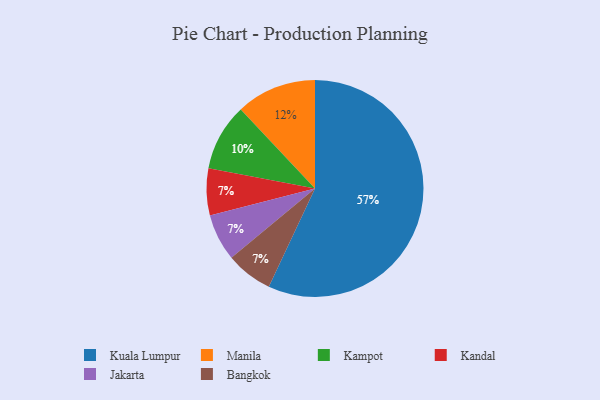
{"axis": {"x": "Category", "y": "Percentage"}, "legend": ["Bangkok", "Jakarta", "Kampot", "Kandal", "Kuala Lumpur", "Manila"], "data": [{"x": "Kandal", "y": 7, "type": "Kandal"}, {"x": "Manila", "y": 12, "type": "Manila"}, {"x": "Jakarta", "y": 7, "type": "Jakarta"}, {"x": "Kuala Lumpur", "y": 57, "type": "Kuala Lumpur"}, {"x": "Kampot", "y": 10, "type": "Kampot"}, {"x": "Bangkok", "y": 7, "type": "Bangkok"}]}